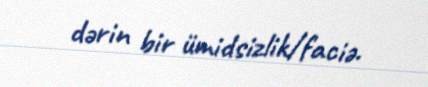
dərin bir ümidsizlik/faciə.